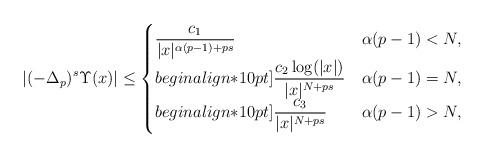
LaTeX: \begin{align*} |(-\Delta_p)^s\Upsilon(x)|\le \begin{cases} \dfrac{c_1}{|x|^{\alpha(p-1)+ps}}& \alpha(p-1)<N,\\begin{align*}10pt] \dfrac{c_2\log(|x|)}{|x|^{N+ps}}& \alpha(p-1)=N,\\begin{align*}10pt] \dfrac{c_3}{|x|^{N+ps}}& \alpha(p-1)>N, \end{cases} \end{align*}